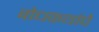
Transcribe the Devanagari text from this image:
बोधकथांचे